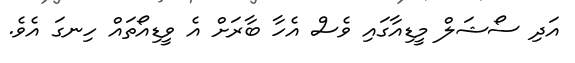
އަދި ސޯޝަލް މީޑިއާގައި ވެސް އެހާ ބާރަށް އެ ވީޑިއޯތައް ހިނގަ އެވެ.